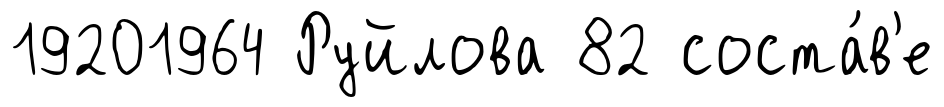
19201964 Руйлова 82 соста́в'е